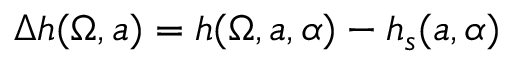
\Delta { h } ( \Omega , a ) = h ( \Omega , a , \alpha ) - h _ { s } ( a , \alpha )